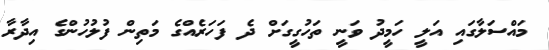
މައްސަލާގައި އަލީ ހަމީދު ވަނީ ތަހުގީގަށް ދެ ފަހަރެއްގެ މަތިން ފުލުހުންގެ އިދާރާ